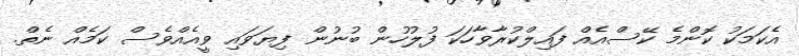
އެކަމަކު ކޮންމެ ކޭސްއެއް ފައިލްކުރާވާހަކަ ފުލުހުން ބުނުން ފިޔަވައި ވީއެއްވެސް ކަމެއް ނެތް.